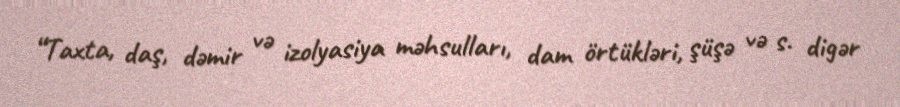
“Taxta, daş, dəmir və izolyasiya məhsulları, dam örtükləri, şüşə və s. digər